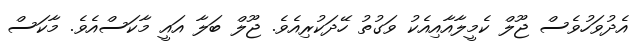
އެދުވަހުވެސް ޖޫލް ކެމީލާއާއިއެކު ވަގުތު ހޭދަކުރިއެވެ. ޖޫލް ބަލާ އައީ މާކަސްއެވެ. މާކަސް